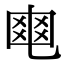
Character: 𤕣